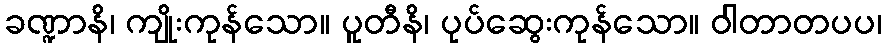
ခဏ္ဍာနိ၊ ကျိုးကုန်သော။ ပူတီနိ၊ ပုပ်ဆွေးကုန်သော။ ဝါတာတပပ၊